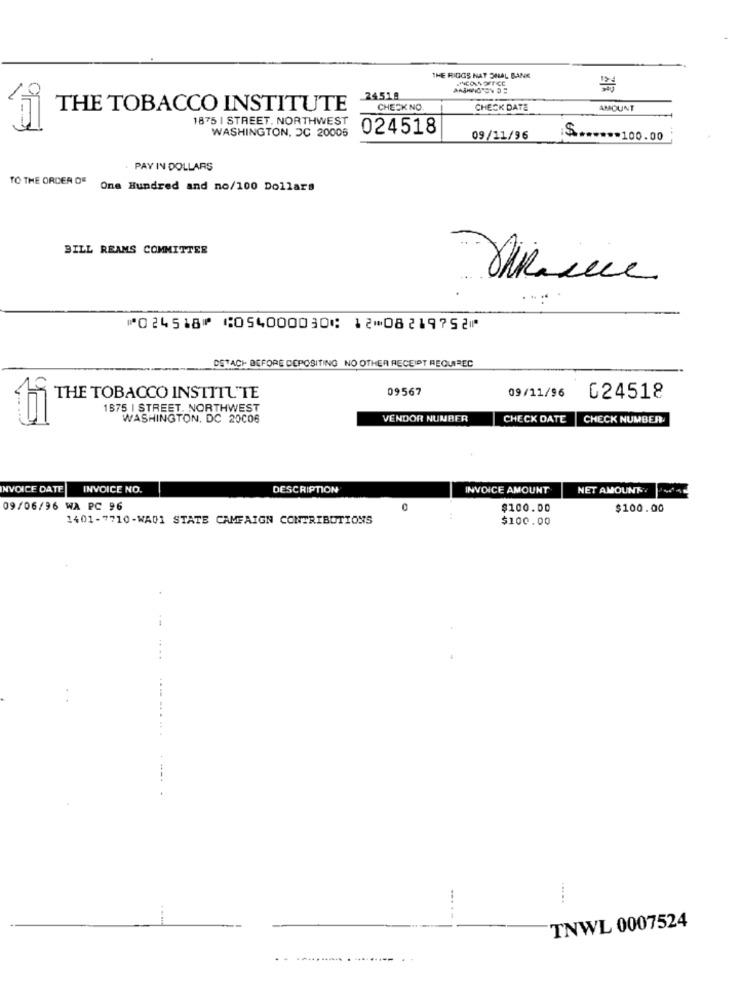
THE RIGGS HAT SHAL BANK
2451.8
THE TOBACCO INSTITUTE
CHECK NO.
CHECK DATE
AMOUNT
1875 | STREET. NORTHWEST
WASHINGTON, DC 20006
024518
09/11/96
$ ....** 100.00
PAY IN DOLLARS
TO THE ORDER OF
One Hundred and no/100 Dollars
BILL REAMS COMMITTER
⑈024518⑈ ⑆054000030⑆ 12⑉08219752⑈
DSTACI BEFORE DEPOSITING NO OTHER RECEIPT REQUIREC
09567
THE TOBACCO INSTITUTE
09/11/96
024518
1575 I STREET. NORTHWEST
WASHINGTON, DC 20006
VENDOR NUMBER
CHECK DATE |CHECK NUMBER
INVOICE DATE
INVOICE NO.
DESCRIPTION
INVOICE AMOUNT
NET AMOUNT
09/06/96 WA PC 96
$100.00
$100.00
1401-7710-WA01 STATE CAMPAIGN CONTRIBUTIONS
$100.00
-----
TNWL 0007524